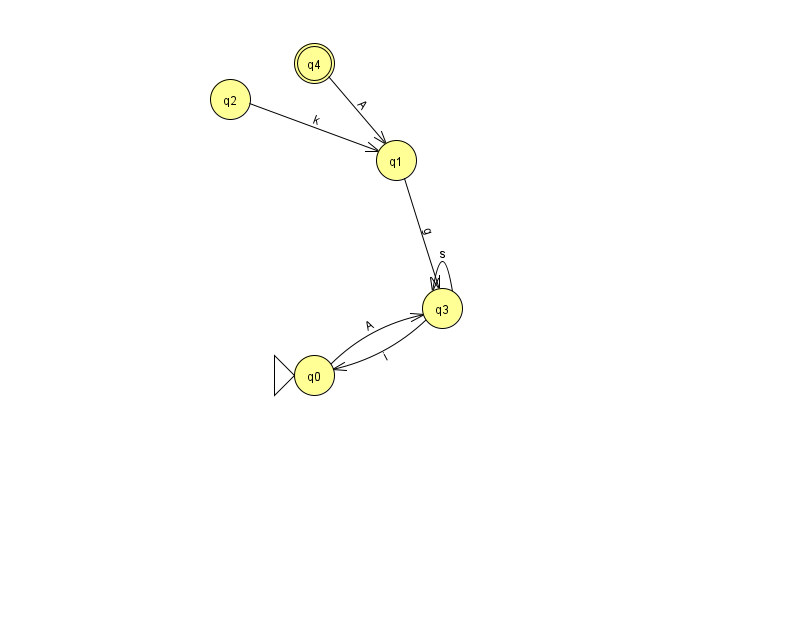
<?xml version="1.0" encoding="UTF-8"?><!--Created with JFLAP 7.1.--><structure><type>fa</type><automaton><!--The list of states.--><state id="0" name="q0"><x>314.0</x><y>362.0</y><initial/></state><state id="1" name="q1"><x>396.0</x><y>147.0</y></state><state id="2" name="q2"><x>230.0</x><y>86.0</y></state><state id="3" name="q3"><x>442.0</x><y>295.0</y></state><state id="4" name="q4"><x>314.0</x><y>50.0</y><final/></state><!--The list of transitions.--><transition><from>3</from><to>0</to><read>i</read></transition><transition><from>1</from><to>3</to><read>g</read></transition><transition><from>3</from><to>3</to><read>s</read></transition><transition><from>2</from><to>1</to><read>k</read></transition><transition><from>4</from><to>1</to><read>A</read></transition><transition><from>0</from><to>3</to><read>A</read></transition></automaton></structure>